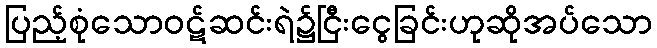
ပြည့်စုံသောဝဋ်ဆင်းရဲ၌ငြီးငွေခြင်းဟုဆိုအပ်သော